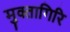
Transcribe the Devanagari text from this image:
मुक्तागिरि